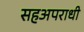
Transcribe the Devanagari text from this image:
सहअपराधी